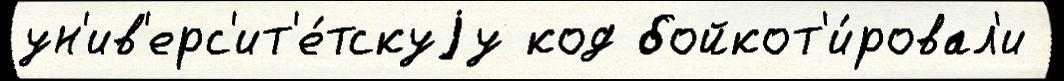
ун'ив'ерс'ит'е́тскуjу код бойкот'и́ровал'и